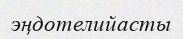
эңдотелийасты